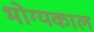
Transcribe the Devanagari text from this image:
भोग्यकाल